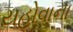
યહોવાના